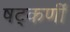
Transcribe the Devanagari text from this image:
षट्‌कर्णीं